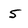
Character: 5